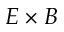
E \times B